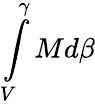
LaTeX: \int\limits_{V}^{\gamma}Md\beta